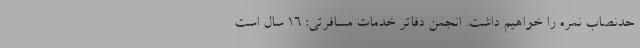
حدنصاب نمره را خواهیم داشت. انجمن دفاتر خدمات مسافرتی: 16 سال است